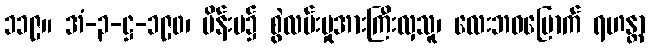
၁၁၉။ အံ-၃-ဋ္ဌ-၁၉၀၊ မိန်းမ၌ စွဲလမ်းမှုအားကြီးလှသူ၊ လေးဘဝမြောက် ရဟန္တာ